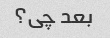
بعد چی؟